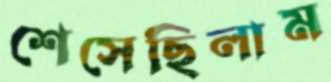
শেসেছিলাম